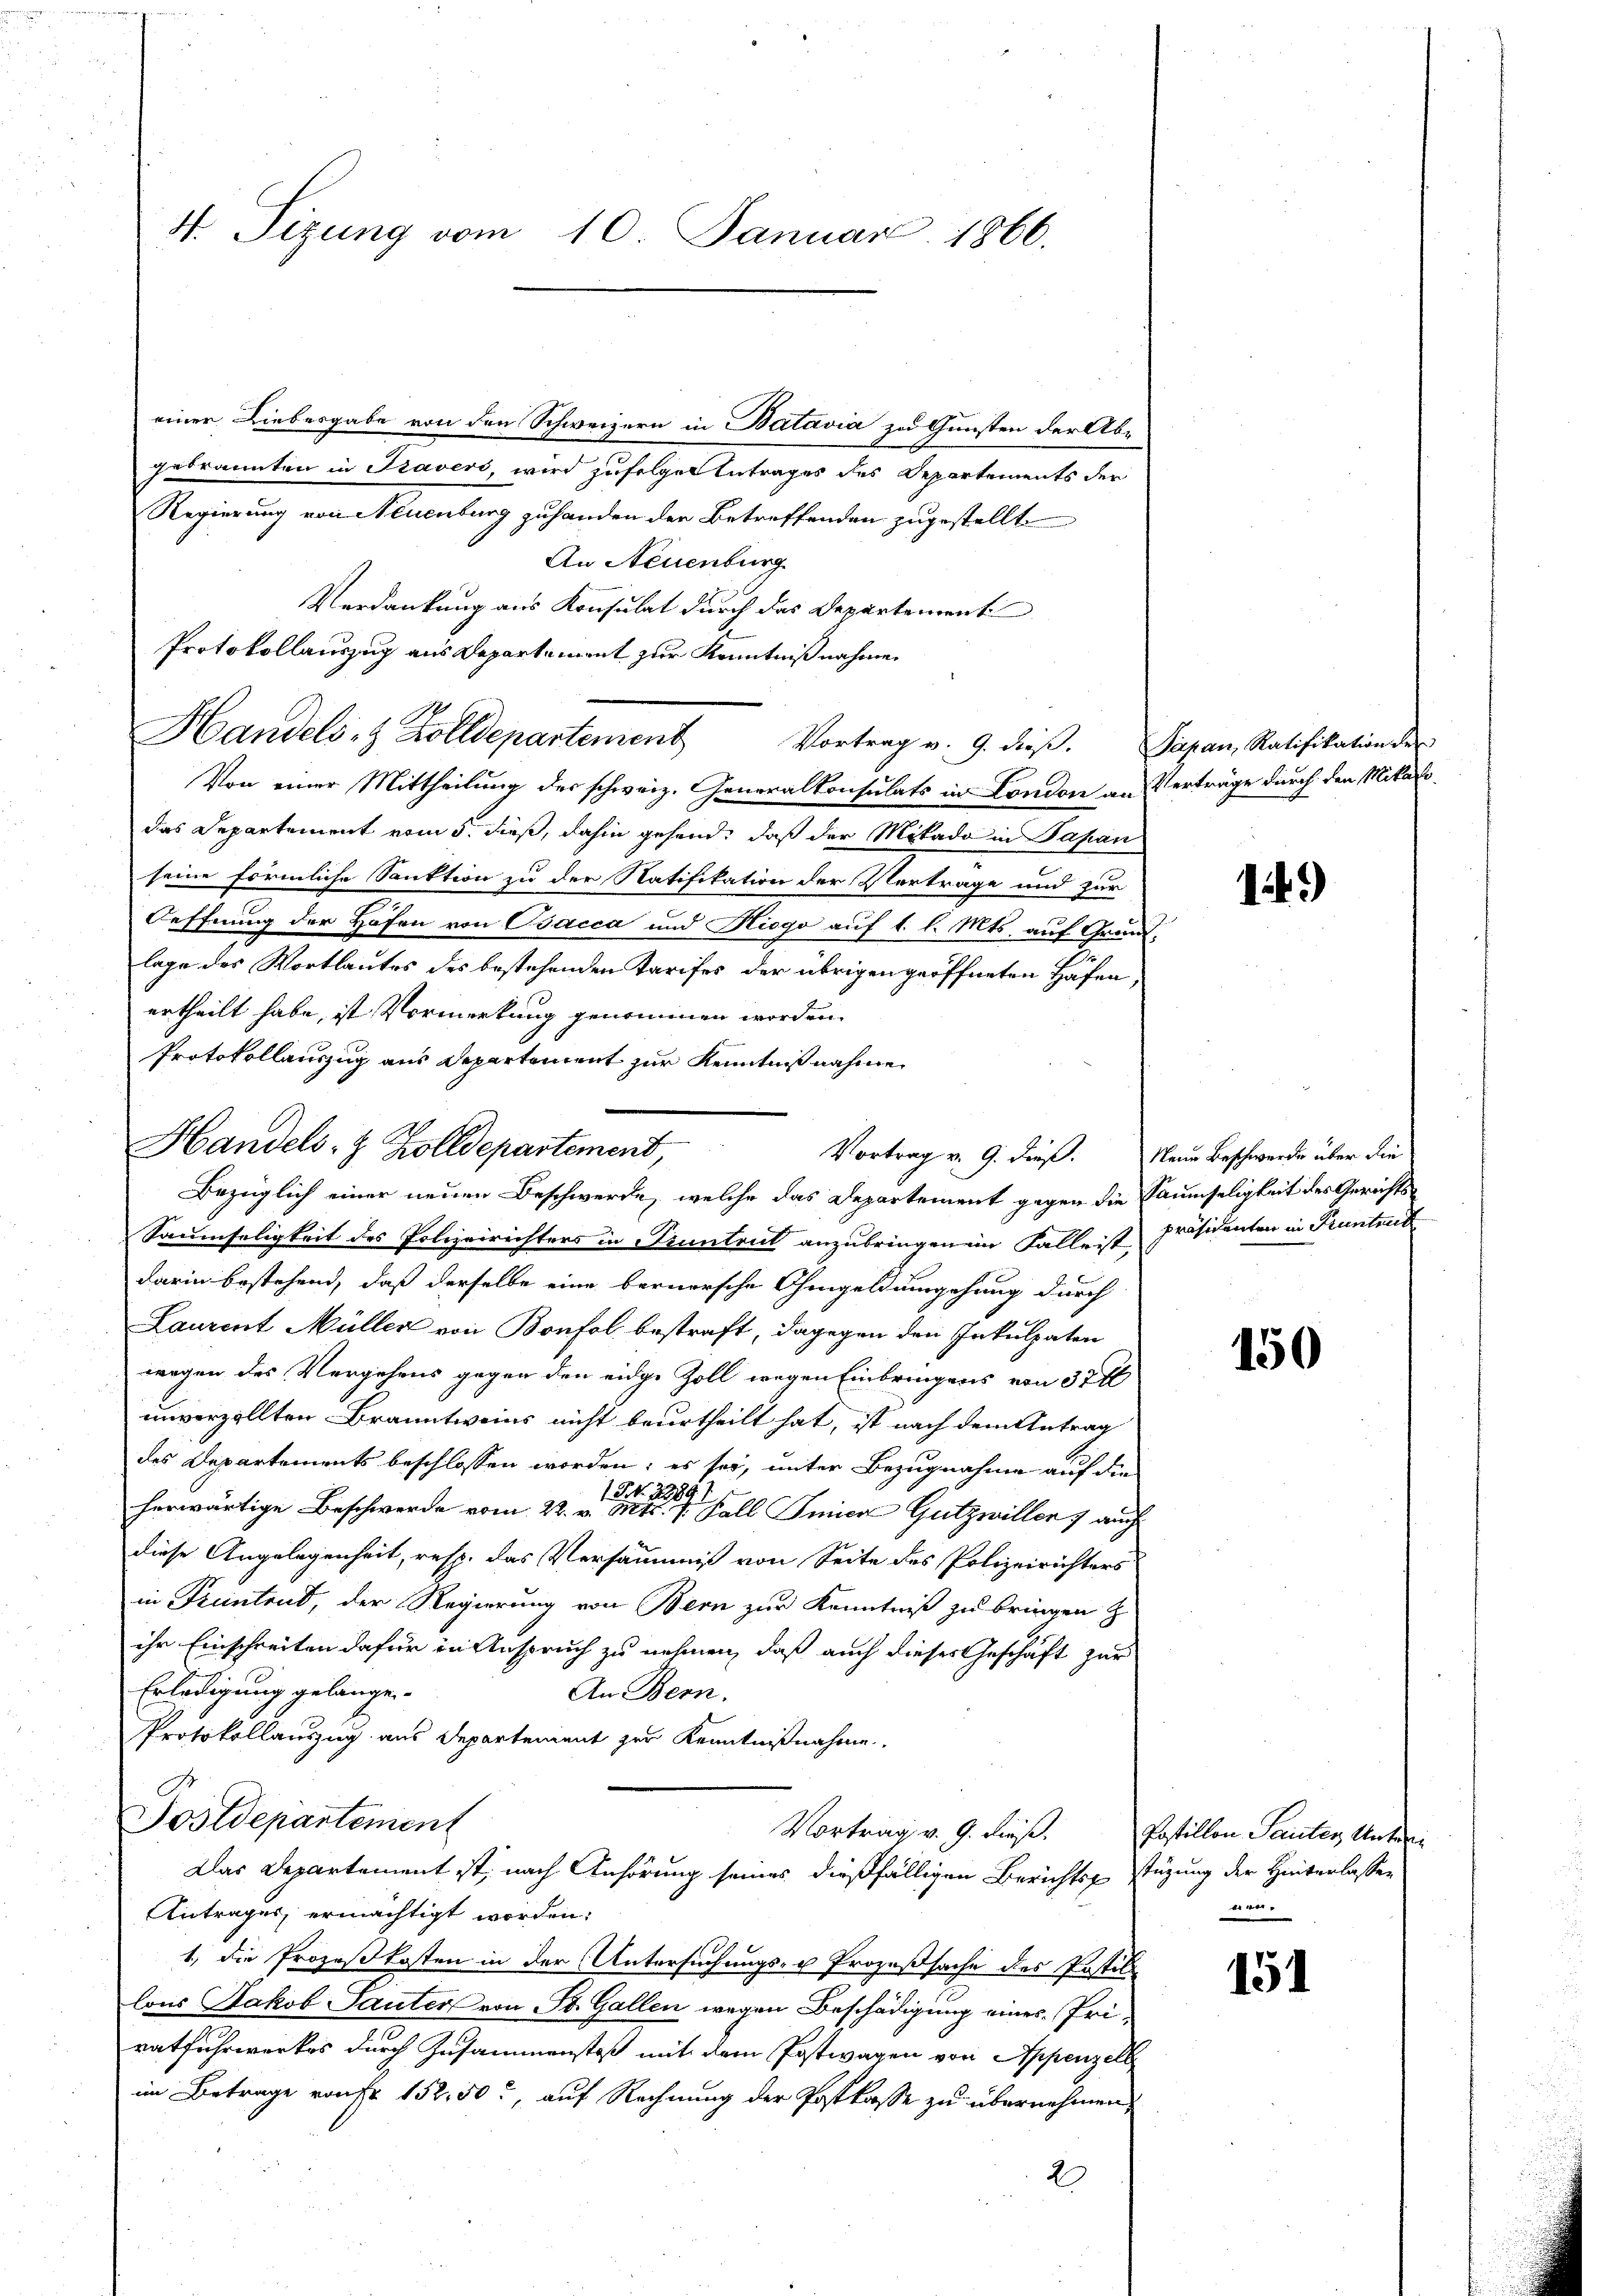
4. Sizung vom 10. Januar 1866.

einer Liebesgabe von den Schweizern in Batavia zu Gunsten der Abgebrannten in Pravers, wird zufolger Antrages des Departements der
Regierung von Neuenburg zuhanden der Betreffenden zugestellt.
An Neuenburg
Handels- & Zolldepartement Vortrag v. 9. dieβ. Papan Ratifikation der
Von einer Mittheilung des schweiz. Generalkonsulats in London an Verträge durch den Mitardas Departement vom 5. dieß, dahin gehend, daß der Mitado in Papan
seine förmliche Sanktion zu der Natifikation der Vertrage und zur
Oeffnung der Höfen von Bacca und Hiego auf 1 l. Mts. auf Grund
lage des Wortlautes des bestehenden Tarifes der übrigen geöffneten Hafen,
ertheilt habe, ist Vormerkung genommen worden.
Protokollauszug aus Departement zur Kenntniß nahme.
Saumseligkeit des Polizeirichters in Truntrut anzubringenen Falleist,
darin bestehend, daß derselbe eine bernersche Ohmgeldungehung durch
Laurent Müller von Bonfol bestraft, dagegen den Inkulpaten
wegen des Vergehens gegen den eidge Zoll wegen Einbringens von 37 x
unverzollten Branntweins nicht beurtheilt hat, ist nach dem Antrag
des Departements beschlossen worden; es sey, unter Bezugnahme auf die
herwärtige Beschwerde vom 22. v. Mts. z. Fall Smica Gutzwillen 7 auch
diese Angelegenheit, resp. das Versäumis von Seite des Polizeirichters
in Freintend, der Regierung von Bern zur Kenntniß zu bringen z
ihr Einschreiten dafür in Anspruch zu nehmen, daß auch dieses Geschäft zur
Erledigung gelangen.
An Bern.
Protokollauszug aus Departement zur Kenntnißnahme
No
Sostdepartement
Vortrag v. 9. diese. Postillon Sauten Unteri
Das Departement ist, nach Anhörung seines dießfälligen Berichtsgestüzung der Hinterlassen
Antrages ermächtigt worden:
1, die Prozeßkosten in der Untersuchungs- u Prozeßsache des Postil
lons Jakob Sauter von St. Gallen wegen Beschädigung eines Priratfuhrwerkes durch Zusammenstoß mit dem Postwagen von Appenzell
im Betrage ronst 152. 50, auf Rechnung der Postkasse zu übernehmen,
2

Verdankung aus Konsulat durch das Departement
Protokollauszug aus Departement zur Kenntnißnahme.

Handels- & Zolldepartement,
Bezüglich einer neuen Beschwerde, welche das Departement gegen die Saumseligkeit des Gerichts-

1.)

Vortrag v. 9. dieß. Neue Beschwerde über die
präsidenten in Pruntend

150

nen.

151